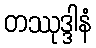
တဿုဒ္ဒါနံ